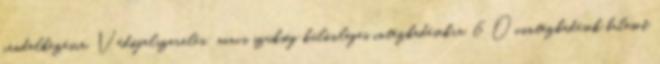
rendelkezésre. Védőfelszerelés: nincs szükség különleges intézkedésekre. 6 Óvintézkedések baleset